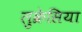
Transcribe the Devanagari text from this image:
लुक्रेसिया